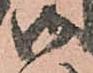
御